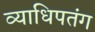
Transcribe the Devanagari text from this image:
व्याधिपतंग